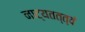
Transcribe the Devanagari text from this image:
नाट्यतत्त्वं